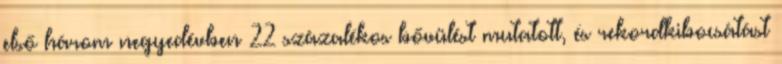
első három negyedévben 22 százalékos bővülést mutatott, és rekordkibocsátást